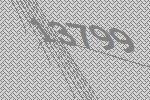
13799